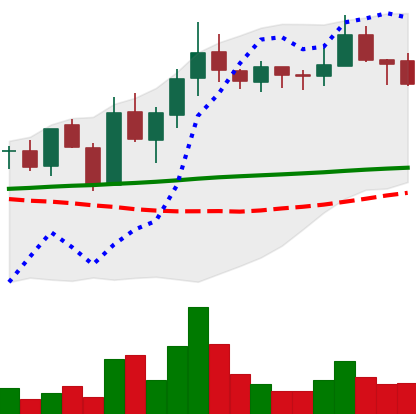
Ticker: LINK-USD
Chart end date: 2019-01-25
Forward return: -10.973%
Label: down_7plus